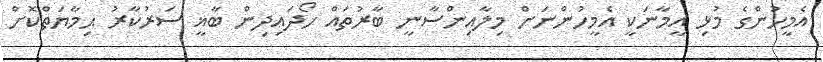
އެމީހުންގެ މުޅި އީމާނަކީ އެމީހުންނަށް މިލާއިންސާނީ ބާރުތައް ހޯދައިދިން ބާޣީ ސަރުކާރު ޙިމާޔަތްކޮށް